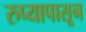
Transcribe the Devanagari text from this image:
रुप्यापासून